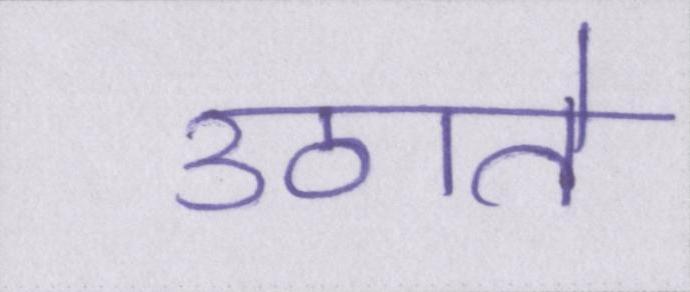
उठाते